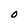
Character: 0